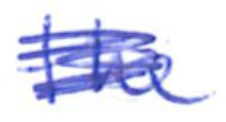
Text: the
Cross-out: scratch
Writing tool: ballpoint